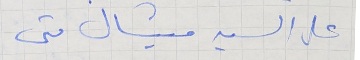
على السيد ميشال متى